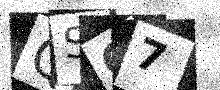
Text: QSO7